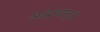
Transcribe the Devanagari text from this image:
आद्यान्त